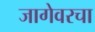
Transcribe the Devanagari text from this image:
जागेवरचा